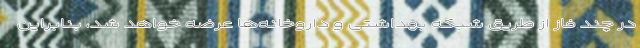
در چند فاز از طریق شبکه بهداشتی و داروخانه‌ها عرضه خواهد شد، بنابراین